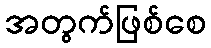
အတွက်ဖြစ်စေ